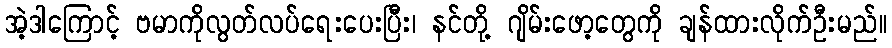
အဲ့ဒါကြောင့် ဗမာကိုလွတ်လပ်ရေးပေးပြီး၊ နင်တို့ ဂျိမ်းဖော့တွေကို ချန်ထားလိုက်ဦးမည်။